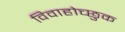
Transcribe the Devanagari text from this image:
विवाहोच्छुक